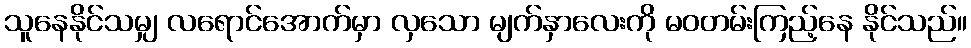
သူနေနိုင်သမျှ လရောင်အောက်မှာ လှသော မျက်နှာလေးကို မဝတမ်းကြည့်နေ နိုင်သည်။